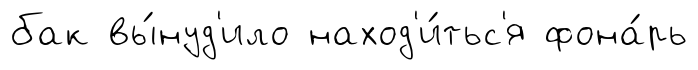
бак вы́нуд'ило наход'и́тьс'я фона́рь